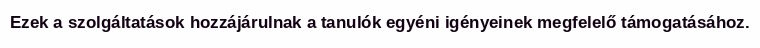
Ezek a szolgáltatások hozzájárulnak a tanulók egyéni igényeinek megfelelő támogatásához.